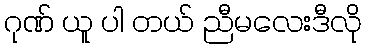
ဂုဏ် ယူ ပါ တယ် ညီမလေးဒီလို